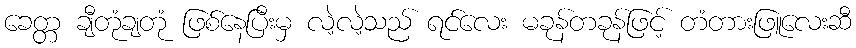
ခေတ္တ ချီတုံချတုံ ဖြစ်နေပြီးမှ လဲ့လဲ့သည် ရင်လေး မခုန်တခုန်ဖြင့် တံတားဖြူလေးဆီ